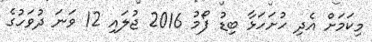
މިކަމަށް އެދި ހުށަހަޅާ ބިޑު ފޯމު 2016 ޖުލައި 12 ވަނަ ދުވަހުގެ